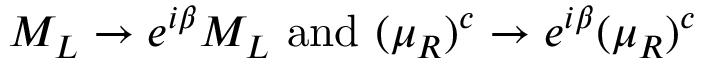
M _ { L } \to e ^ { i \beta } M _ { L } { \mathrm { ~ a n d ~ } } ( \mu _ { R } ) ^ { c } \to e ^ { i \beta } ( \mu _ { R } ) ^ { c }